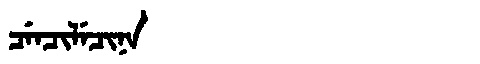
Manchu: ᠴᡝᠨᠴᡳᠯᡝᠴᡳᠨᠠ
Romanization: CENCILECINA